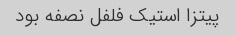
پیتزا استیک فلفل نصفه بود